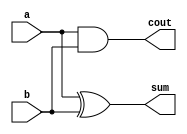
module ha(input a,b,
          output sum,cout);
  assign sum=a^b;
  assign cout=a&b;
endmodule